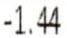
-1.44